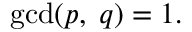
\operatorname* { g c d } ( p , \; q ) = 1 .